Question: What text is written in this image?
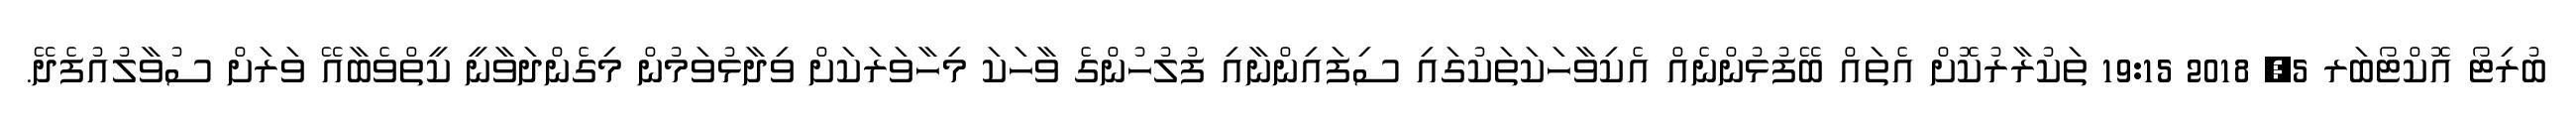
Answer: ބުރިޓޯ އޮކްޓޯބަރ 5, 2018 19:15 ތަކުރާރުކޮށް އެތައް ބޭފުޅުންނެއް އެކިވާހަކަތަކުގައި ސިފައިންނާއި ފުލުހުންގެ ވާހަކަ މިހާވަރަކަށް ވިދާޅުވަމުން މިގެންދަވާނީ ކީތްވެބާއޭ ވަރަށް ސުވާލުއުފެދޭ.